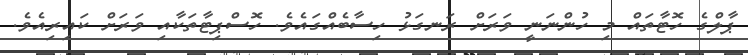
ޕާލްގެ ހޮޓާތައް މި ހުންނަނީ ވަރަށް ރަނގަޅު ހިސާބެއްގައެވެ. ހޮސްޕިޓާތަކާއި ވަރަށް ކައިރިއެވެ.